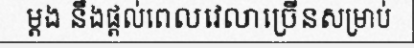
ម្តង នឹងផ្តល់ពេលវេលាច្រើនសម្រាប់